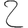
Digit: 2